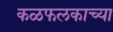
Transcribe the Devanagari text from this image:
कळफलकाच्या